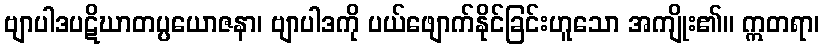
ဗျာပါဒပဋိဃာတပ္ပယောဇနာ၊ ဗျာပါဒကို ပယ်ဖျောက်နိုင်ခြင်းဟူသော အကျိုး၏။ ဣတရာ၊